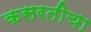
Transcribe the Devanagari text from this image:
कसरतीचा